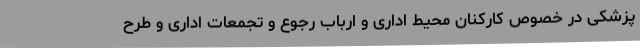
پزشکی در خصوص کارکنان محیط اداری و ارباب رجوع و تجمعات اداری و طرح